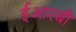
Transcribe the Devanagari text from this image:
ईआरबी